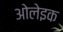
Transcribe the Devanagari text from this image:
ओलेइक